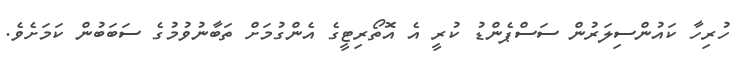
ހުރިހާ ކައުންސިލަރުން ސަސްޕެންޑު ކުރީ އެ އޮތޯރިޓީގެ އެންގުމަށް ތަބާނުވުމުގެ ސަބަބުން ކަމަށެވެ.